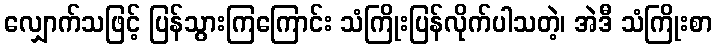
လျှောက်သဖြင့် ပြန်သွားကြကြောင်း သံကြိုးပြန်လိုက်ပါသတဲ့၊ အဲဒီ သံကြိုးစာ